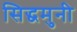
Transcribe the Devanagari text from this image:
सिद्धमुनी